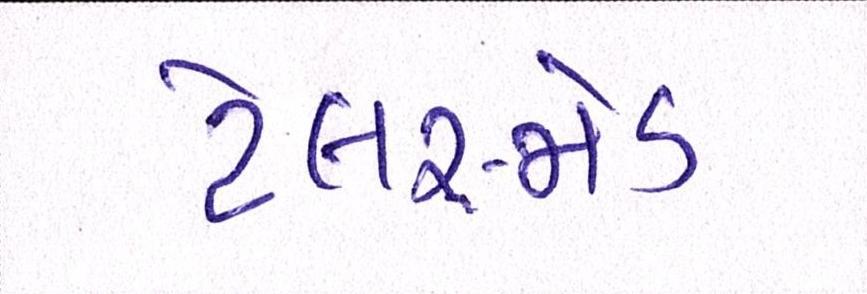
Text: ટેલર-મેડ